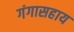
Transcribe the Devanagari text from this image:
गंगासहाय